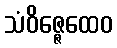
သံဝိဇ္ဇေထေဝ